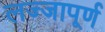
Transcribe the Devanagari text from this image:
लज्जापूर्ण